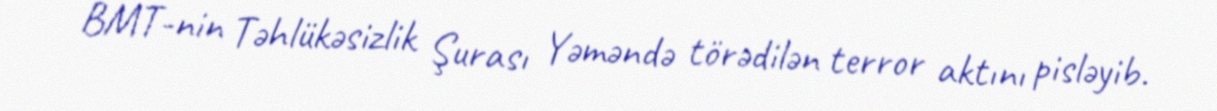
BMT-nin Təhlükəsizlik Şurası Yəməndə törədilən terror aktını pisləyib.